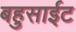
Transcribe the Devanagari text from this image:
बहुसाईट